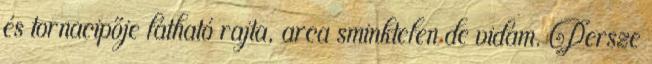
és tornacipője látható rajta, arca sminktelen de vidám. Persze